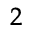
_ { 2 }